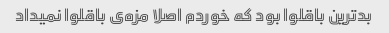
بدترین باقلوا بود که خوردم اصلا مزه‌ی باقلوا نمیداد